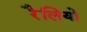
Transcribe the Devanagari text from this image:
रैलियो